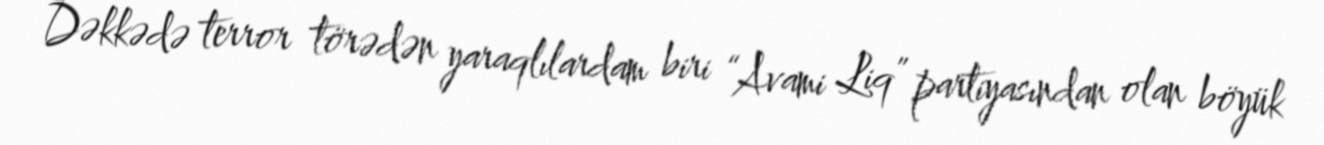
Dəkkədə terror törədən yaraqlılardam biri “Avami Liq” partiyasından olan böyük